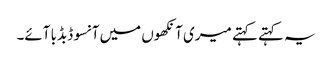
یہ کہتے کہتے میری آنکھوں میں آنسو ڈبڈبا آئے۔